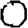
Digit: 0